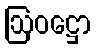
ဩဝဋ္ဌော